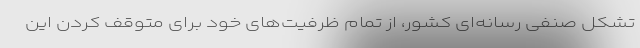
تشکل صنفی رسانه‌ای کشور، از تمام ظرفیت‌های خود برای متوقف کردن این